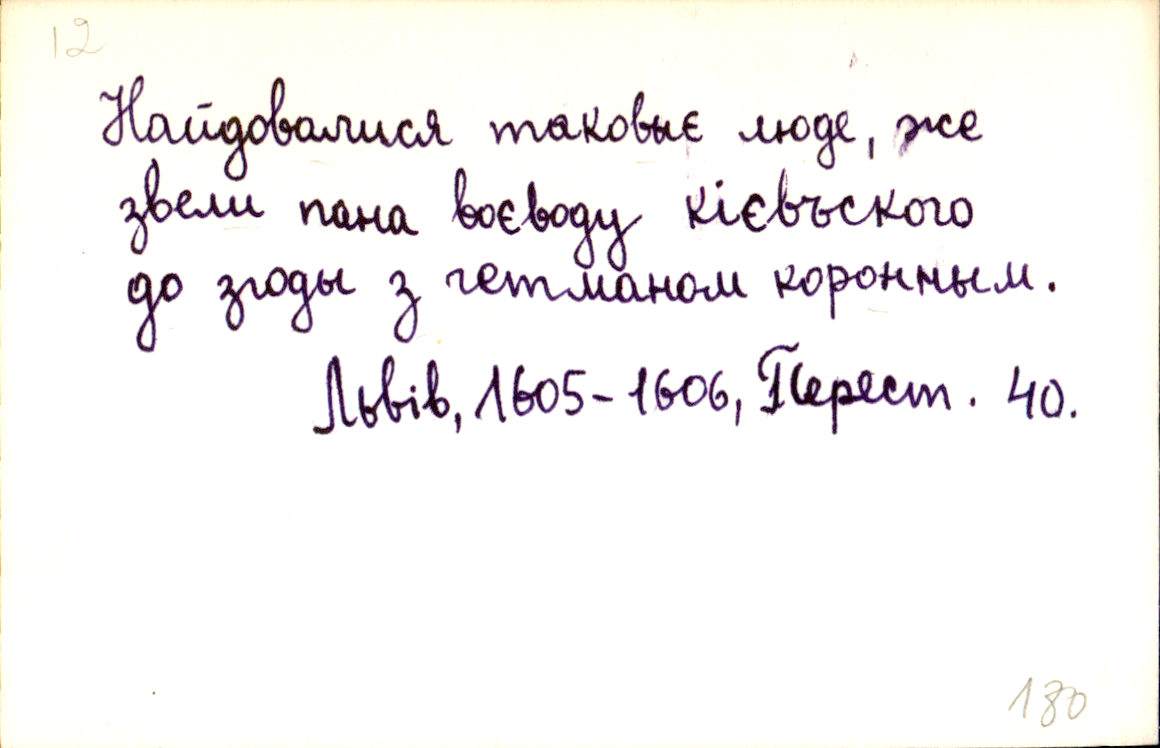
Найдовалися таковыє люде, же
звели пана воєводу кієвъского
до згоды з гетманом коронным.
Львів, 1605-1606, Перест. 40.